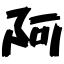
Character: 阿